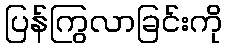
ပြန်ကြွလာခြင်းကို